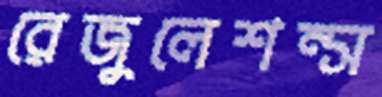
রেজুলেশন্স